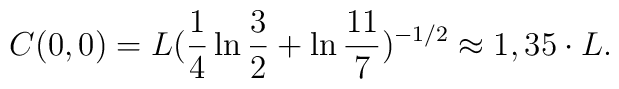
C(0,0) = L (\frac{1}{4} \ln{\frac{3}{2}} +\ln{\frac{11}{7}})^{-1/2} \approx 1,35 \cdot L .